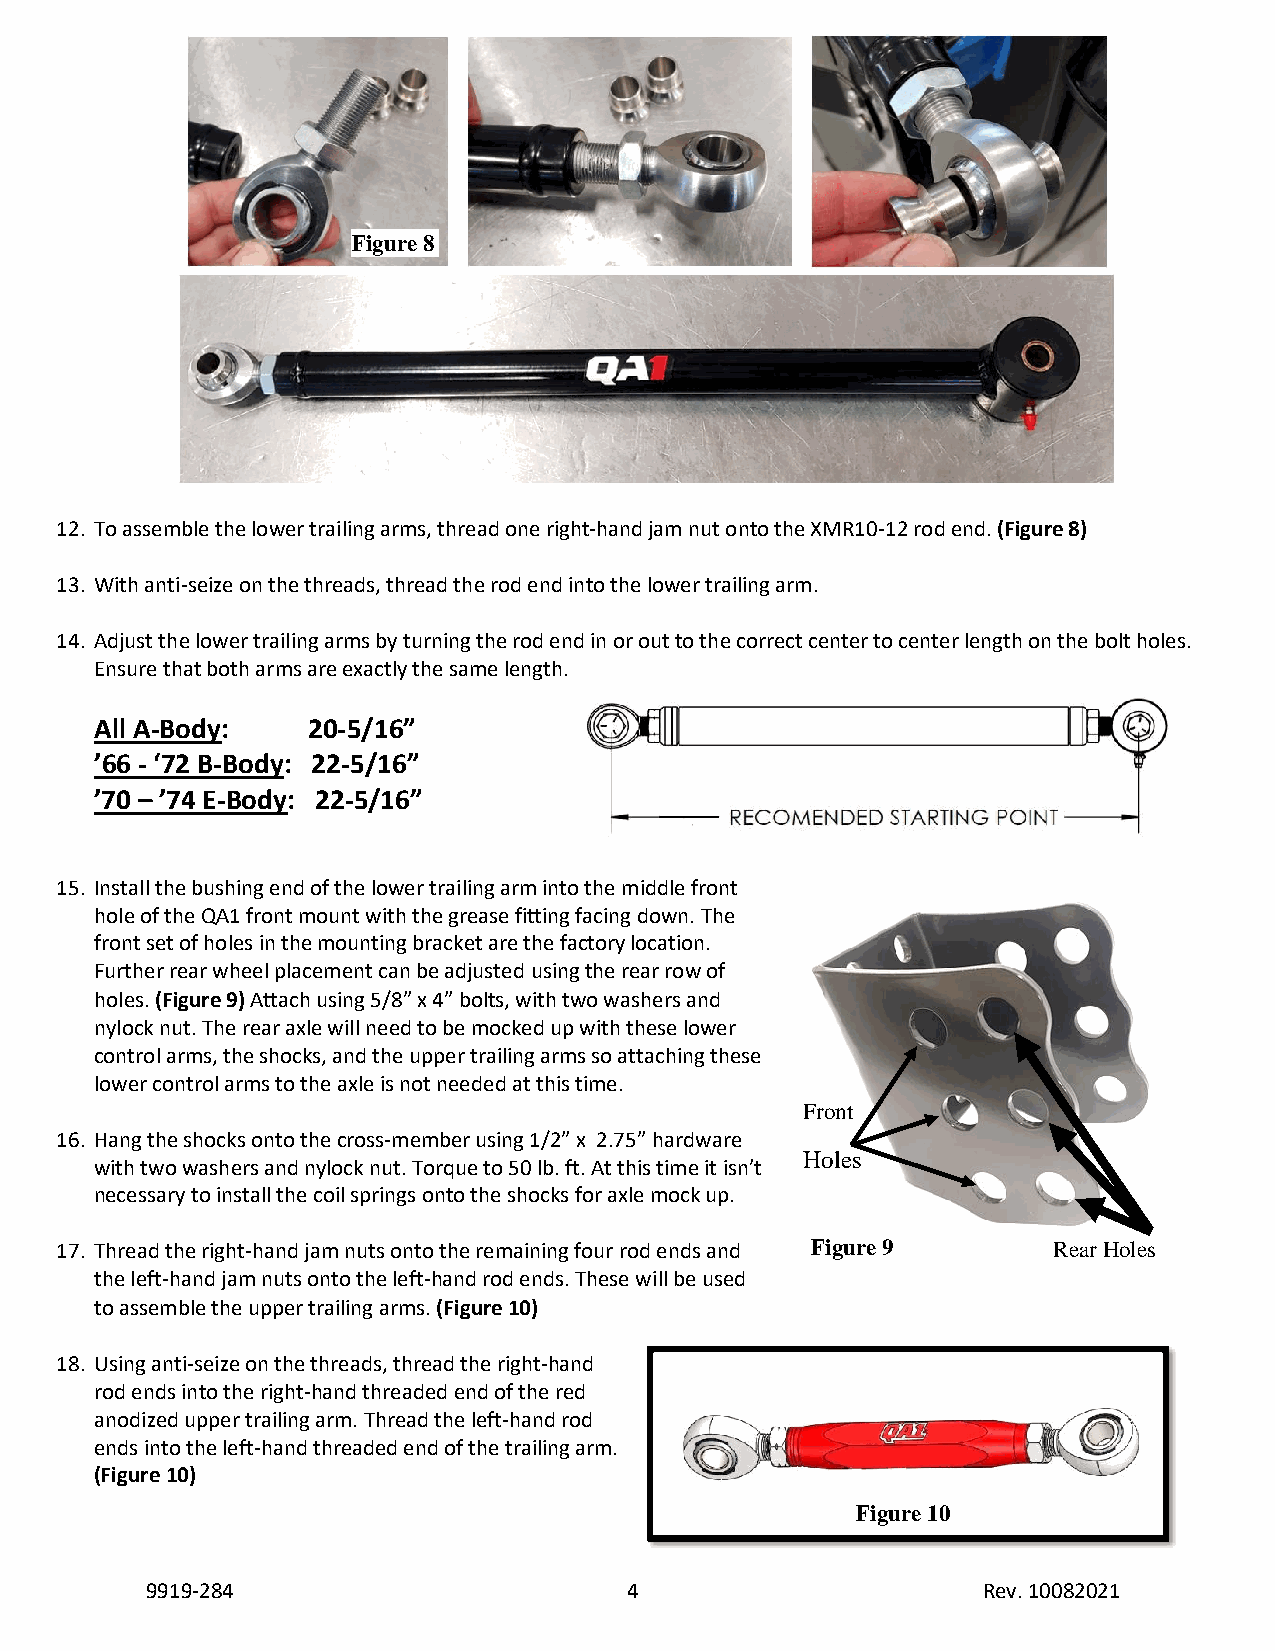
Figure 8
 12. To assemble the lower trailing arms, thread one right-hand jam nut onto the XMR10-12 rod end. (Figure 8)
 13. With anti-seize on the threads, thread the rod end into the lower trailing arm.
 14. Adjust the lower trailing arms by turning the rod end in or out to the correct center to center length on the bolt holes.
 Ensure that both arms are exactly the same length.
 All A-Body:   20-5/16”
 ’66 - ‘72 B-Body: 22-5/16”
 ’70 – ’74 E-Body: 22-5/16”
 15. Install the bushing end of the lower trailing arm into the middle front
 hole of the QA1 front mount with the grease fitting facing down. The
 front set of holes in the mounting bracket are the factory location.
 Further rear wheel placement can be adjusted using the rear row of
 holes. (Figure 9) Attach using 5/8” x 4” bolts, with two washers and
 nylock nut. The rear axle will need to be mocked up with these lower
 control arms, the shocks, and the upper trailing arms so attaching these
 lower control arms to the axle is not needed at this time.
 Front
 16. Hang the shocks onto the cross-member using 1/2” x 2.75” hardware
 Holes
 with two washers and nylock nut. Torque to 50 lb. ft. At this time it isn’t
 necessary to install the coil springs onto the shocks for axle mock up.
 17. Thread the right-hand jam nuts onto the remaining four rod ends and Figure 9 Rear Holes
 the left-hand jam nuts onto the left-hand rod ends. These will be used
 to assemble the upper trailing arms. (Figure 10)
 18. Using anti-seize on the threads, thread the right-hand
 rod ends into the right-hand threaded end of the red
 anodized upper trailing arm. Thread the left-hand rod
 ends into the left-hand threaded end of the trailing arm.
 (Figure 10)
 Figure 10
 9919-284                        4                      Rev. 10082021